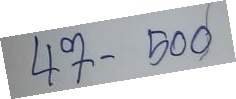
47 - 500